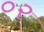
૦ર